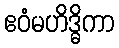
ဧဝံမဟိဒ္ဓိကာ